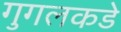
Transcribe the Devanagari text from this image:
गुगलकडे